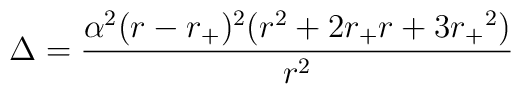
\Delta = \frac{\alpha^2(r-{r_+})^2(r^2+2r_+r+3{r_+}^2)}{r^2}